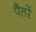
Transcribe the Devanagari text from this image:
पैतरें